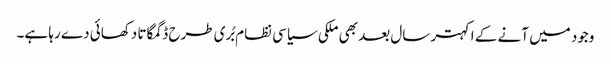
وجود میں آنے کے اکہتر سال بعد بھی ملکی سیاسی نظام بُری طرح ڈگمگاتا دکھائی دے رہا ہے۔